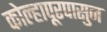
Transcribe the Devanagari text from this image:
कोल्हापूरपासुन